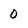
Character: O